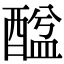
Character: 䤈